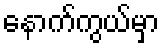
နောက်ကွယ်မှာ